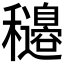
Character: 𥤍